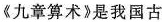
《九章算术》是我国古